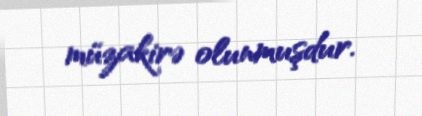
müzakirə olunmuşdur.